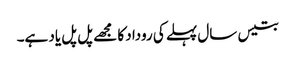
بتیس سال پہلے کی روداد کا مجھے پل پل یاد ہے۔